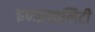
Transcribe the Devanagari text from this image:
इनइक्वलिटी